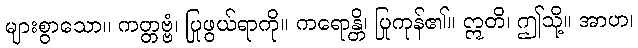
များစွာသော။ ကတ္တဗ္ဗံ၊ ပြုဖွယ်ရာကို။ ကရောန္တိ၊ ပြုကုန်၏။ ဣတိ၊ ဤသို့။ အာဟ၊